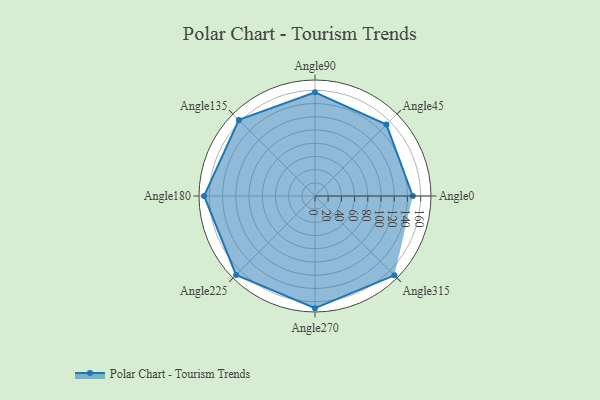
{"axis": {"x": "Angle", "y": "Radius"}, "legend": [""], "data": [{"x": "Angle0", "y": 148.0, "type": ""}, {"x": "Angle45", "y": 153.0, "type": ""}, {"x": "Angle90", "y": 157.0, "type": ""}, {"x": "Angle135", "y": 163.0, "type": ""}, {"x": "Angle180", "y": 168.0, "type": ""}, {"x": "Angle225", "y": 169.0, "type": ""}, {"x": "Angle270", "y": 170, "type": ""}, {"x": "Angle315", "y": 170, "type": ""}]}